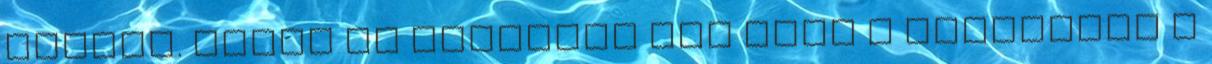
áramra. Ahogy az aranyból sem teng a kontinens a